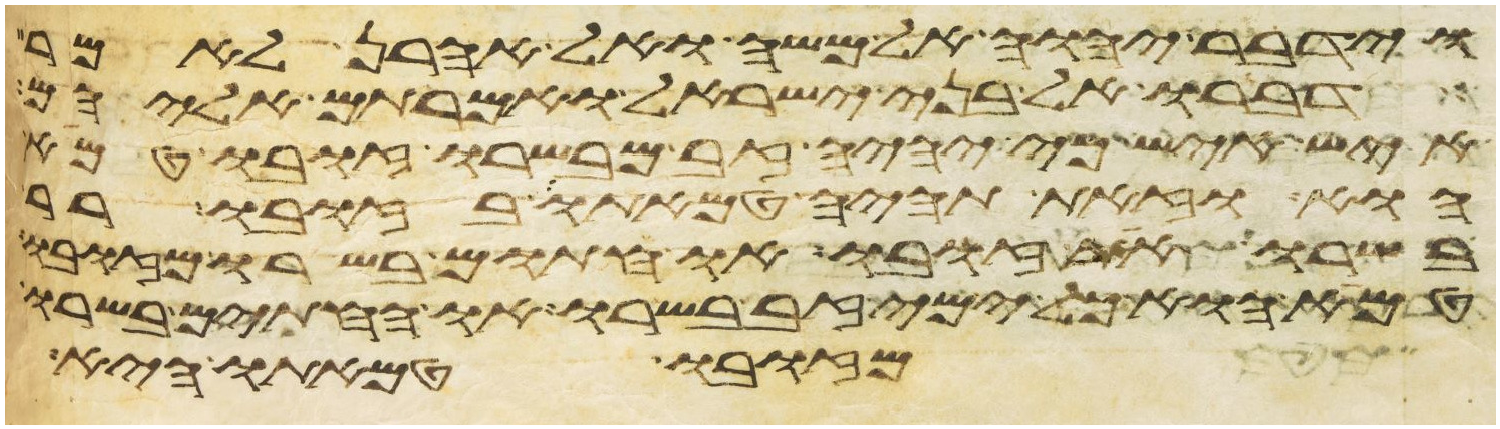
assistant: וידבר יהוה אל משה ואל אהרן לאמר
דברו אל בני ישראל ואמרתם אליהם
איש איש כי יהיה זב מבשרו זובו טמא
הוא וזאת תהיה טמאתו בזובו רר
בשרו את זובו או חתום בשרו מזובו
טמא הוא כל ימי זב בשרו או החתים בשרו
מזובו טמאתו היא